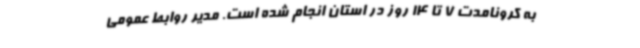
به کرونامدت 7 تا 14 روز در استان انجام شده است. مدیر روابط عمومی